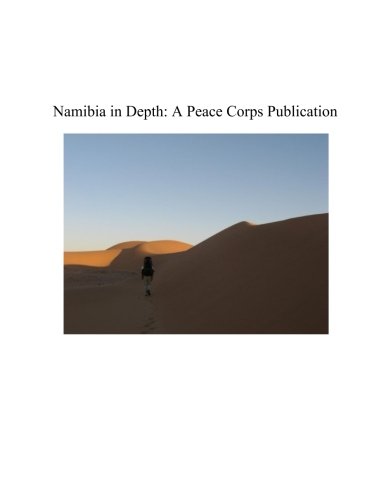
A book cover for Namibia in Depth: A Peace Corps Publication; Peace Corps; Travel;